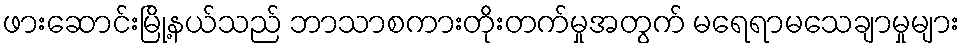
ဖားဆောင်းမြို့နယ်သည် ဘာသာစကားတိုးတက်မှုအတွက် မရေရာမသေချာမှုများ